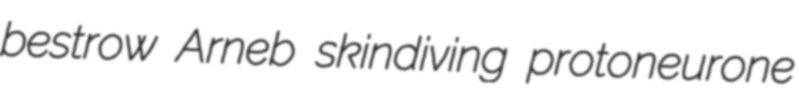
bestrow Arneb skindiving protoneurone